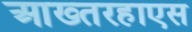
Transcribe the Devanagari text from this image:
आख्तरहाएस